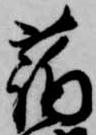
蒲